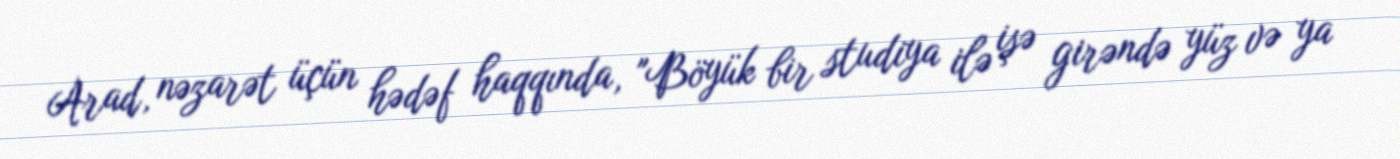
Arad, nəzarət üçün hədəf haqqında, "Böyük bir studiya ilə işə girəndə yüz və ya